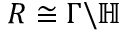
R \cong \Gamma \backslash \mathbb { H }